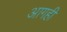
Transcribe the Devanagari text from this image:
आगही